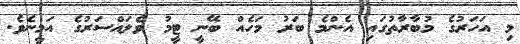
މި އަހަރުގެ މުބާރާތުގައި އެންމެ ބަރު މަހެއް ބޭނީ ޓީމު ވެލައްސަރުގެ އަމީނެވެ.